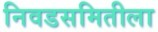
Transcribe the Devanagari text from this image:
निवडसमितीला